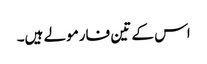
اس کے تین فارمولے ہیں۔